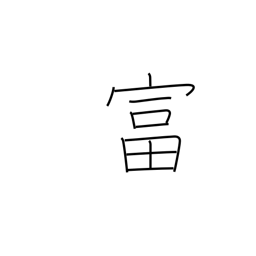
Meaning: enrich